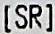
[SR]